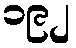
၁၉၂